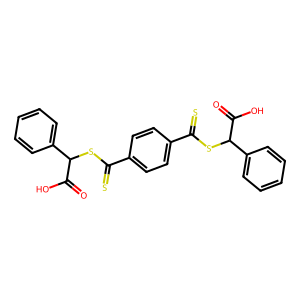
SMILES: O=C(O)C(SC(=S)c1ccc(C(=S)SC(C(=O)O)c2ccccc2)cc1)c1ccccc1
Inhibits HIV replication: No